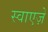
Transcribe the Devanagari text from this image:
स्वाएज़े